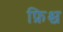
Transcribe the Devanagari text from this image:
फ्रिश्च